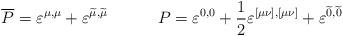
LaTeX: \begin{align*}\overline{P}=\varepsilon ^{\mu ,\mu }+\varepsilon ^{\widetilde{\mu}, \widetilde{\mu }}\hspace{0.5in}P=\varepsilon ^{0,0}+\frac12\varepsilon ^{[\mu \nu ],[\mu \nu ]}+\varepsilon^{\widetilde{0},\widetilde{0}} \end{align*}